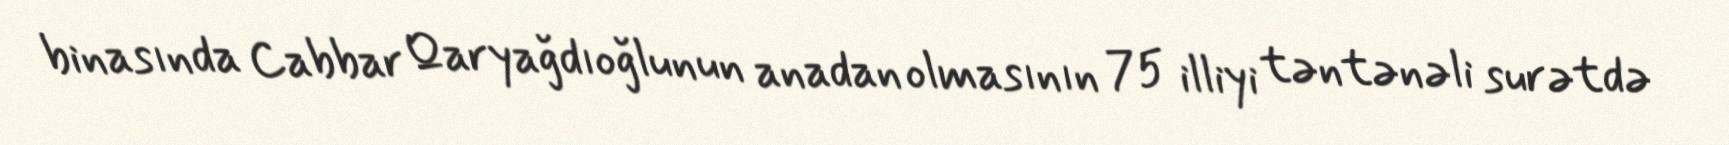
binasında Cabbar Qaryağdıoğlunun anadan olmasının 75 illiyi təntənəli surətdə